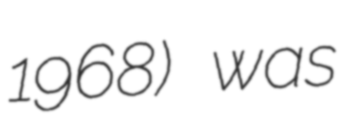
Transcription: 1968) was